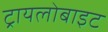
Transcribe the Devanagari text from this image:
ट्रायलोबाइट